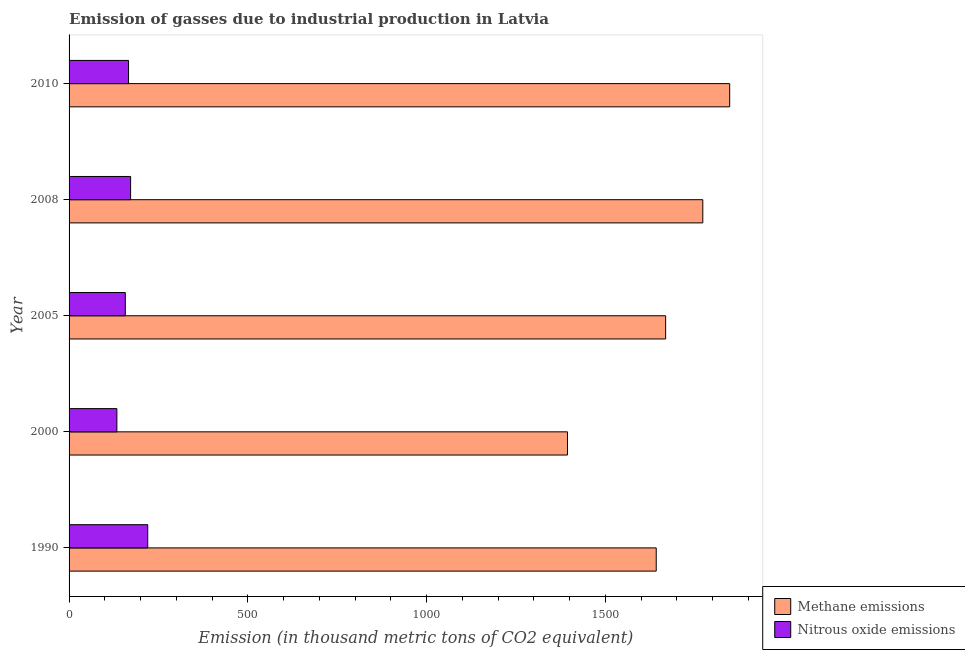
| Year | Methane emissions | Nitrous oxide emissions |
 | --- | --- | --- |
 | 1990 | 1.64e+03 | 220 |
 | 2000 | 1.39e+03 | 134 |
 | 2005 | 1.67e+03 | 157 |
 | 2008 | 1.77e+03 | 172 |
 | 2010 | 1.85e+03 | 166 |